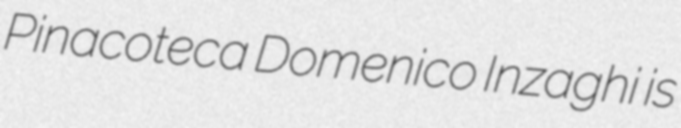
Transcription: Pinacoteca Domenico Inzaghi is